Annual report on the working of the lock hospitals in the North-Western Provinces and Oudh
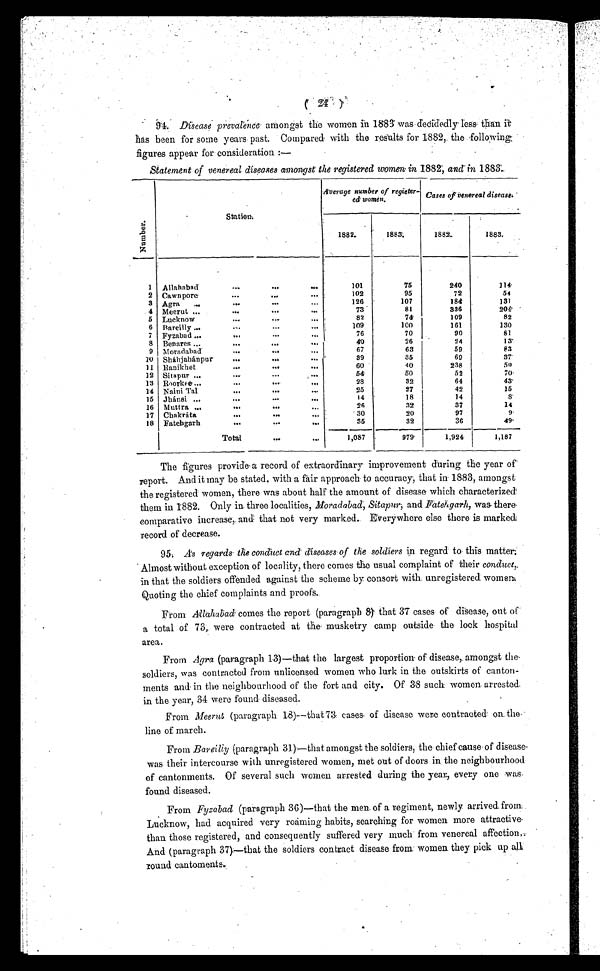
(
24
)
94. Disease prevalence amongst the women in 1883 was decidedly less than it
has been for some years past. Compared with the results for 1882, the following
f i gur es appear f or consi der at i on: —
Statement of venereal diseases amongst' the registered women in 1882, and in 1883.
Number
Station.
Average number of regieger-
ed women.
Cases of venereal disease.
1882.
1883.
1882.
1883.
1
Allahabad
...
•••
...
101
75
240
114
2 Cawnpore
•••
...
•••
102
95
72
54
3 Agra
...
•••
•••
. . .
126
107
184
131
4 Meerut ...
...
...
•••
73
81
336
204 . . .
5 Lucknow
. .
. • • •
. . .
82
74
109
82
6
Rareilly ...
...
...
. . .
109
1 0 0161
130
7
Fyzabad...
...
...
...
76
70
90
81
8 Benares...
...
•••
...
40
26
54
13
9 Moradabad
...
...
•••
67
63
59
83
20 Sháhjahánpur
...
...
.,.
39
35
69
37•
11 Ranikhet
...
...
. . .
60
40
238
50
32 Sitapur ...
...
...
...
54
60
52
70
13 Roorkee...
...
.••
...
28
32
64
43
14 Naini Tal
...
... ...
25
27
42
35
15 Jhánsi ...
...
•••
...
14
18
14
8
16 Mutt ra ...
•••
...
26
32
37
14
17 Chakráta
...
•••
.11
30
20
97
9
18 Fatebgarh
...
...
...
35
32
36
49
Total
•••
. . .
1,087
979
1,924
1,187
The figures provide a record of extraordinary improvement during the year of
report. And it may be stated, with a fair approach to accuracy; that in 1883, amongst
the registered women, there was about half the amount of disease which characterized
them in 1882. Only in three localities, Moradabad, Sitapur;a n d
P a t e h g a r h , w a s
t h e r e
comparative increase, and that not very marked. Everywhere else there is marked
record of decrease.
95. A's regards the conduct and diseases of the soldiers in regard to this matter;
Almost without exception of locality, there comes the usual complaint of their conduct,.
in that the soldiers offended against the scheme by consort with. unregistered. women
Quoting the chief complaints and proofs..
From. Allahabad comes the report (paragraph 8. ) that 37 cases of disease, out of'
a total of 73, were contracted at the musketry camp outside the lock hospital
area.
From Agra (paragraph 13)—that the largest proportion of disease, amongst the
soldiers, was contracted from unlicensed women who lurk in the outskirts of canton-
ments and in the neighbourhood of the fort and city. Of 38 such women arrested
in the year, 34 were found diseased.
From. Meerut (paragraph 18)—that
cases of disease were contracted on. the
line of march.
From Bareilly (paragraph 31)—that amongst the soldiers, the chief cause . of disease
was their intercourse with unregistered women, met out of doors in the neighbourhood
of cantonments. Of several such women arrested during the year, every one was
found diseased.
From Fyzabad (paragraph 36)—that the men of a regiment, newly arrived from
Lucknow, had acquired very roaming habits, searching for women more attractive
than those registered, and consequently suffered very much from venereal affection,
And (paragraph 37):—that the soldiers contract disease from: women they pick. up all
round cantoments.